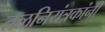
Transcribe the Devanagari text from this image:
तळनियंत्रकांनी